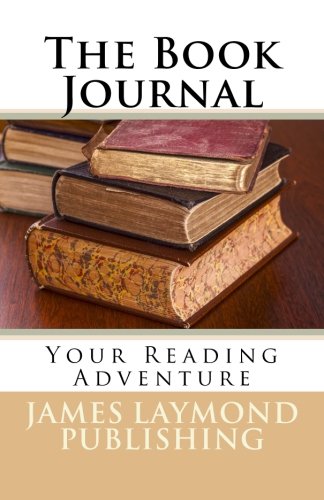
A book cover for The Book Journal: Your Reading Adventure; James Laymond; Crafts, Hobbies & Home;